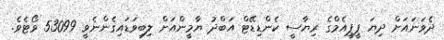
ދެވަނައަށް ދިޔަ ޕީޕީއެމްގެ ރިޔާސީ ކެންޑިޑޭޓް އަބްދު ޔާމީންއަށް ލިބިވަޑައިގެންނެވީ 53099 ވޯޓެވެ.